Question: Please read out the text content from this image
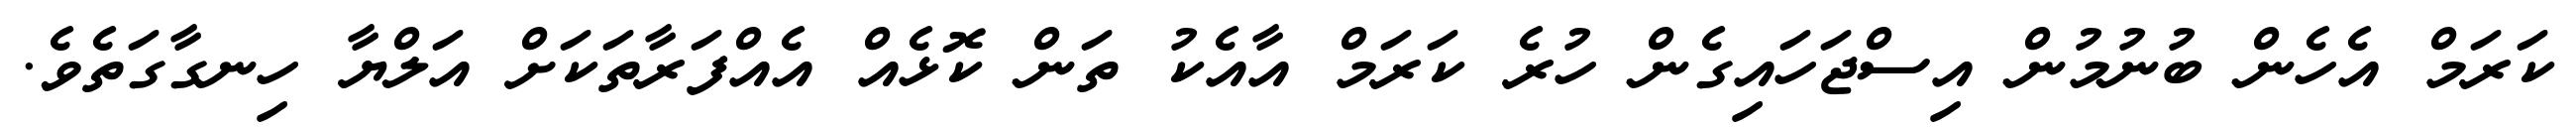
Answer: ކަރަމް އެހެން ބުނުމުން އިސްޖަހައިގެން ހުރެ ކަރަމް އާއެކު ތަން ކޮޅެއް އެއްފަރާތަކަށް އަލްޔާ ހިނގާގަތެވެ.